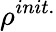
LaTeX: \rho^{init.}